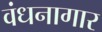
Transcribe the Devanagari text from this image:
वंधनागार